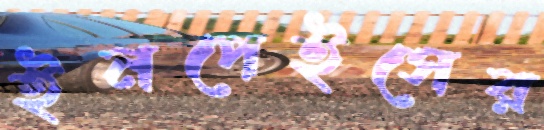
ইনপেইসের